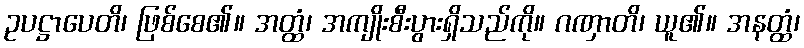
ဥပဋ္ဌာပေတိ၊ ဖြစ်စေ၏။ အတ္ထံ၊ အကျိုးစီးပွားရှိသည်ကို။ ဂဏှာတိ၊ ယူ၏။ အနတ္ထံ၊